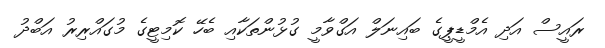
ރައީސް އަދި އެމްޑީޕީގެ ބައިނަލް އަގްވާމީ ގުޅުންތަކާއި ބެހޭ ކޮމިޓީގެ މުގައްރިރު އަބްދު